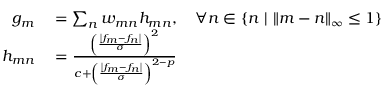
\begin{array} { r l } { g _ { m } } & { { } = \sum _ { n } w _ { m n } h _ { m n } , ~ ~ ~ \forall n \in \{ n ~ | ~ \| m - n \| _ { \infty } \le 1 \} } \\ { h _ { m n } } & { { } = \frac { \left( \frac { \left| f _ { m } - f _ { n } \right| } { \sigma } \right) ^ { 2 } } { c + \left( \frac { \left| f _ { m } - f _ { n } \right| } { \sigma } \right) ^ { 2 - p } } } \end{array}